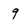
Character: 9